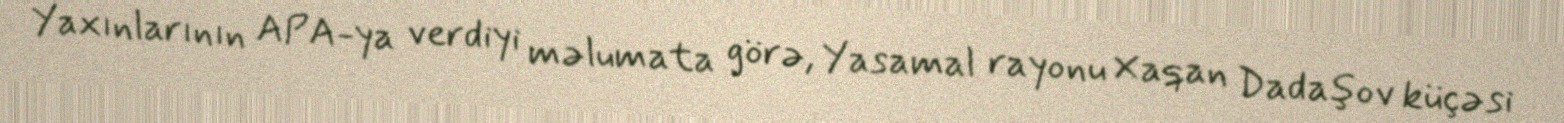
Yaxınlarının APA-ya verdiyi məlumata görə, Yasamal rayonu Xaqan Dadaşov küçəsi